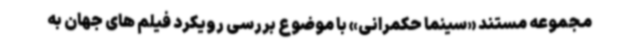
مجموعه مستند «سینما حکمرانی» با موضوع بررسی رویکرد فیلم های جهان به